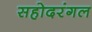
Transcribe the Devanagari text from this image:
सहोदरंगल